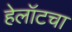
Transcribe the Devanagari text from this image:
हेलॉटचा